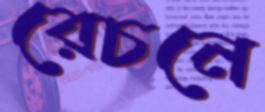
রেচনে